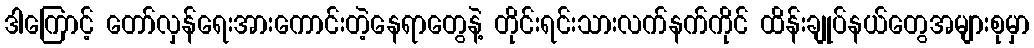
ဒါကြောင့် တော်လှန်ရေးအားကောင်းတဲ့နေရာတွေနဲ့ တိုင်းရင်းသားလက်နက်ကိုင် ထိန်းချုပ်နယ်တွေအများစုမှာ